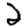
Digit: 2